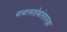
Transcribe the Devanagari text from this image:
बाबासाहेबांसारखा